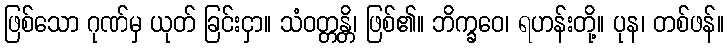
ဖြစ်သော ဂုဏ်မှ ယုတ် ခြင်းငှာ။ သံဝတ္တန္တိ၊ ဖြစ်၏။ ဘိက္ခဝေ၊ ရဟန်းတို့။ ပုန၊ တစ်ဖန်။